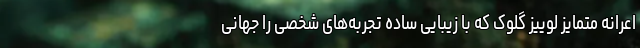
اعرانه متمایز لوییز گلوک که با زیبایی ساده تجربه‌های شخصی را جهانی